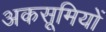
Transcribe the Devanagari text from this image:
अकसूमियों